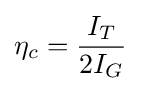
\eta _{c}={\frac {I_{T}}{2I_{G}}}